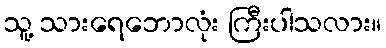
သူ့ သားရေဘောလုံး ကြီးပါသလား။